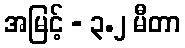
အမြင့် - ၃.၂ မီတာ